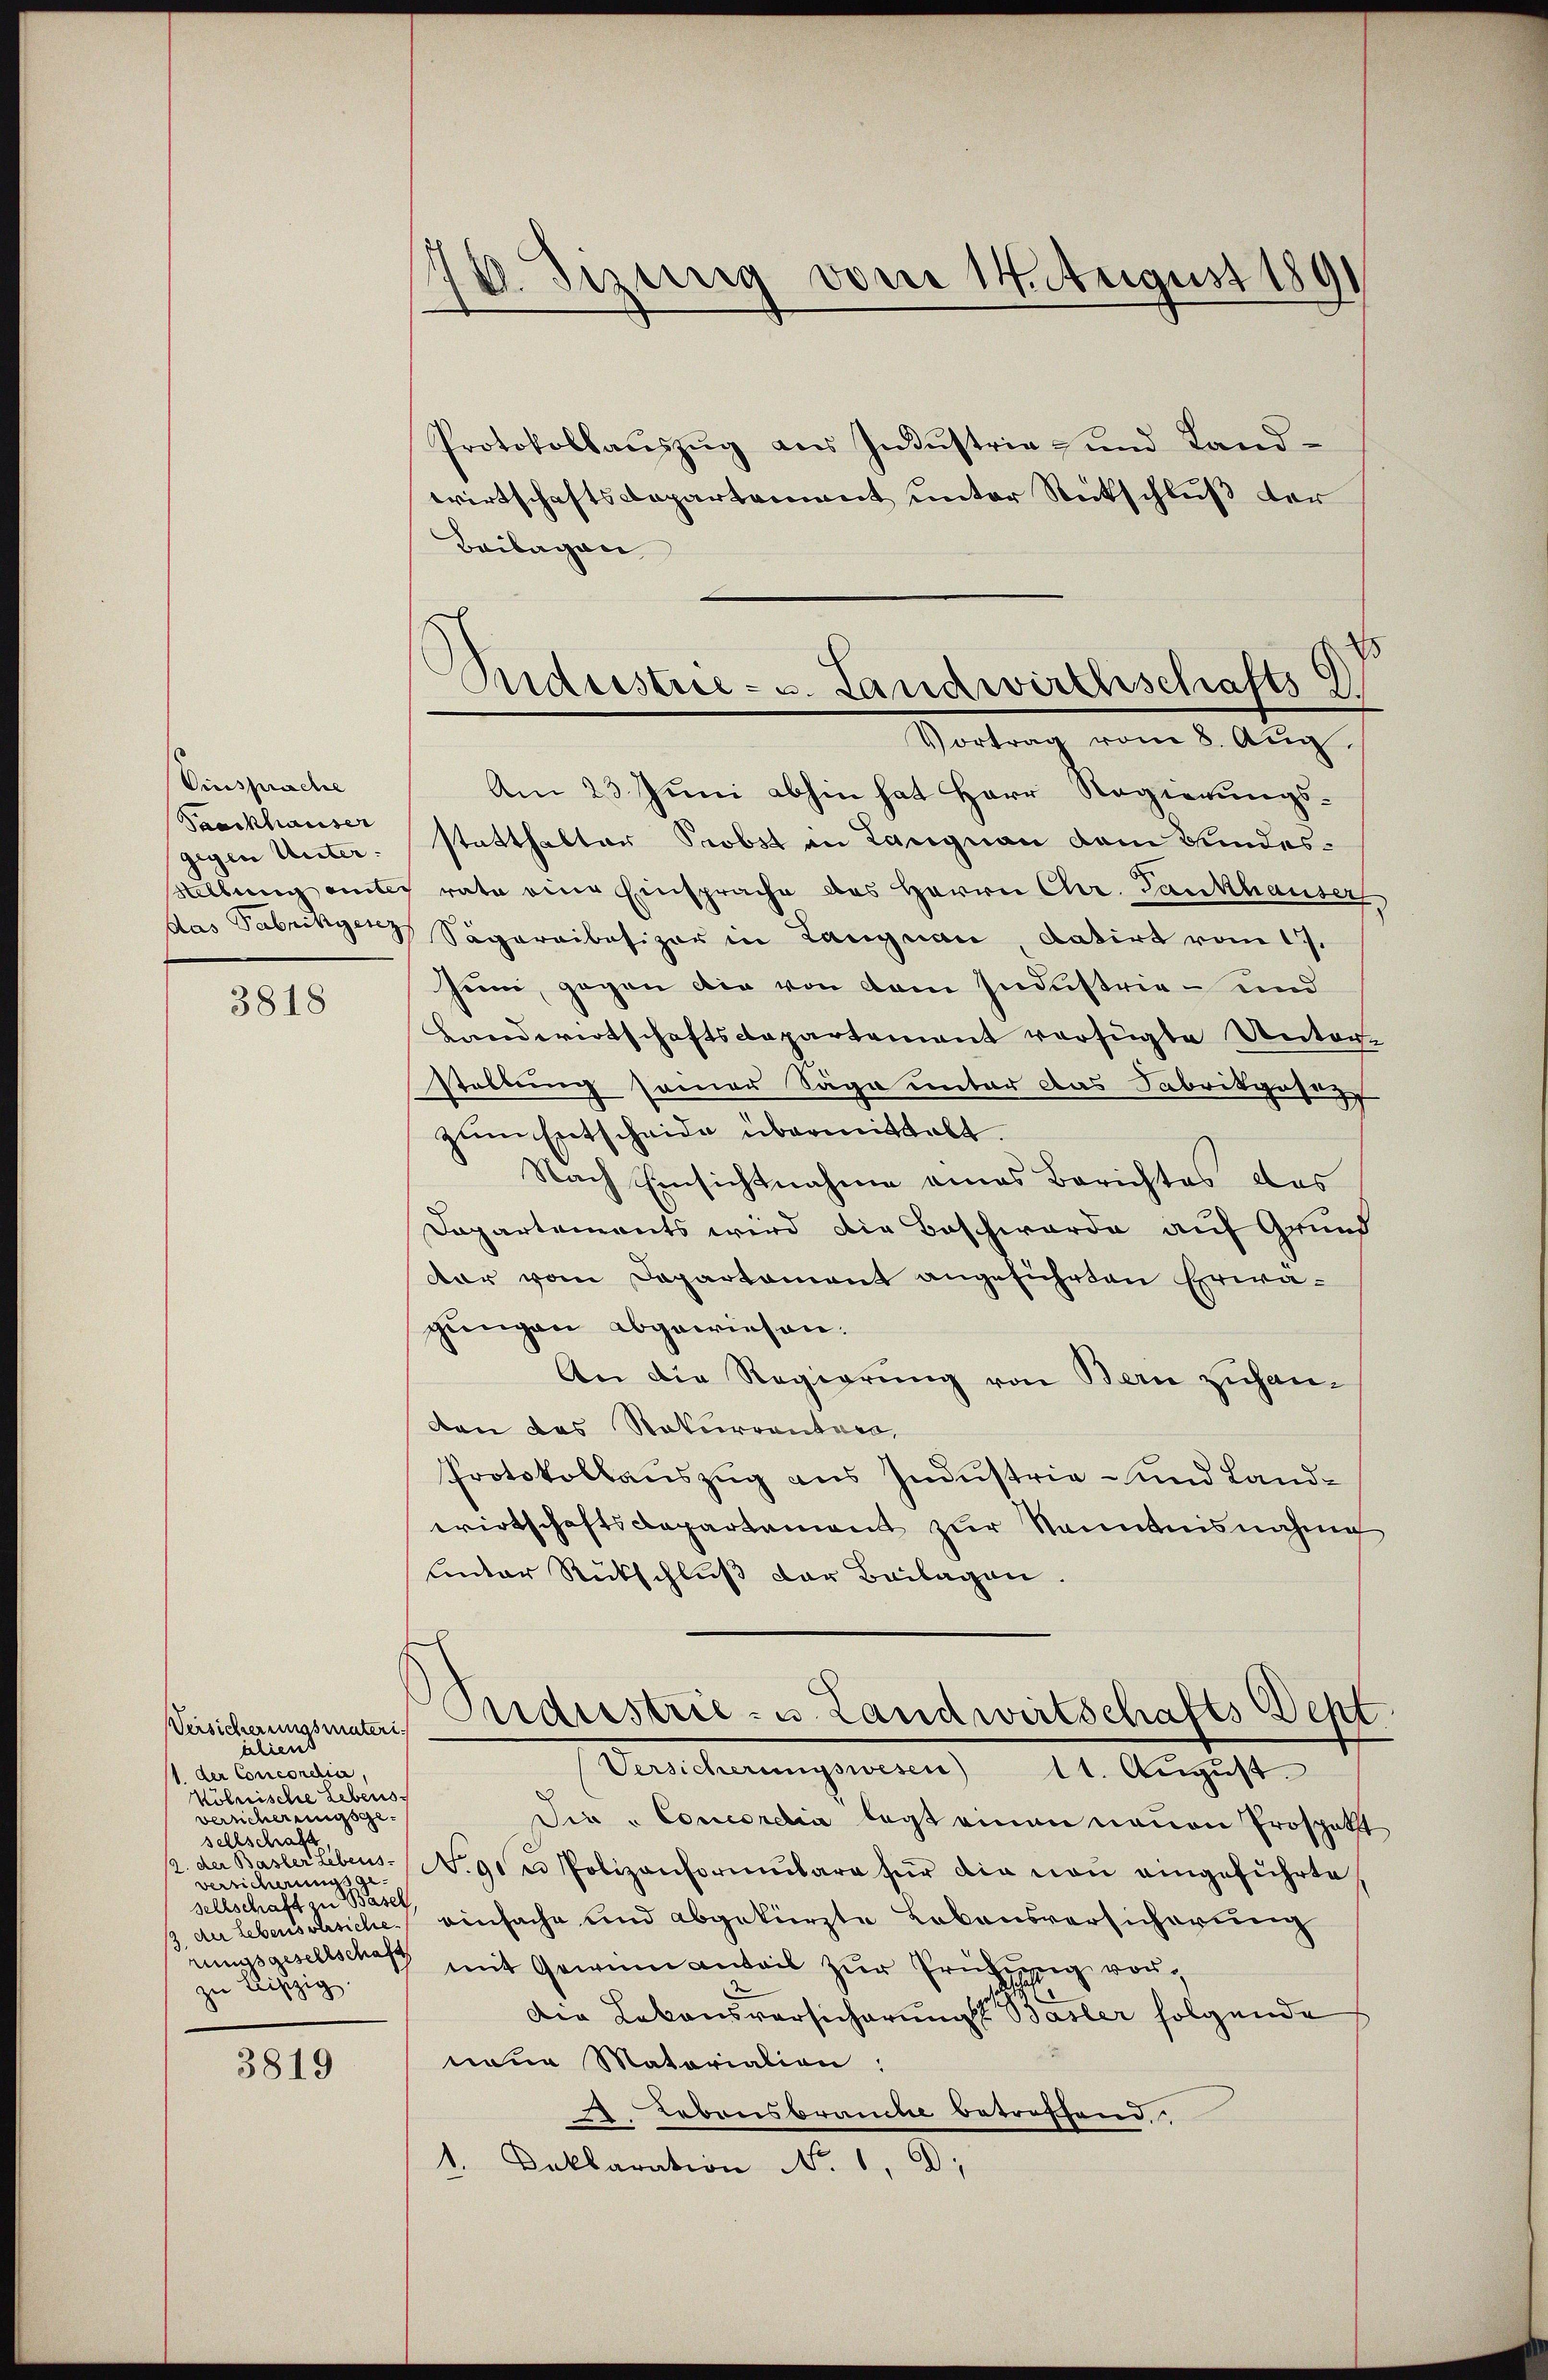
Ciesspreche
Paackhauser
gegen Unter:
Stellung einter
das Fabrikgesez

3818

Versicherungsmaterialiens
(1. der Concoresia
Kölnische Lebens.
Verricherungsgesellschaft
2. der Basler Lebens-
versicherungsge-
sellschaft. Wasch
/3. der Lebens versiche
rungsgesellschaft
ipzig

3819

18. Sizung vom 14. August 1891

Protokollaŭszŭg aŭs Indŭstrie und Land-
wirtschaftsdepartement unter Rückschluß der
Beilagen
Am 23. Juni abhin hat Herr Regierungsstatthalter Probst an Langnau dem Bundesrate eine Einsprache des Herrn Chr. Tankhauser
Sägereibesizer in Langnau datirt vom 17.
heim, gegen die von dem Industrie- und
Landwirtschaftscopartement verfügte Unter-
stellung samer Säge unter das Fabrikgesag
zum Entscheide übermittelt.
Nach Einsichtnahme eines Berichtes des
Dapartements wird die Beschwerde auf Grund
dar vom Departament angeführten Erwägungen abgewiesen.
An die Regierung von Berne zuhanden das Rekurrentaro,
Protokollauszug aus Industrie- und Landwirtschaftsdepartement zur Kenntnisnahme
unter Rückschluß der Beilagen.
Aidustrie - u. Landwirtschafts Sept
Versicherungswesen 11. August.
Die Concordia legt einen neuen Prospekt
N. 91 u Polizenformulare für die von eingeführte
einfache und abgekürzte Lebensversicherung
mit Gewinnanteil zur Prüfung vor
Die Lebensversicherungs Basler folgende
neur Matariation:
 Lebensbrauche betreffend.
1. Beklaration No. 1, D.

Industrie- u. Landwirthschafts 9
Vortrag vom 8. Aug